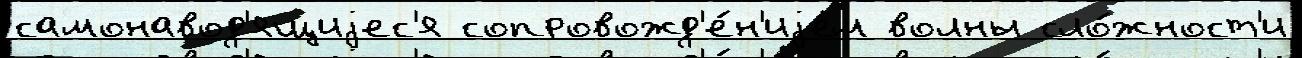
самонавод'ящиjес'я сопровожд'е́н'иjем волны сло́жност'и